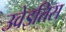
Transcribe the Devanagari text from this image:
उवेइतिस